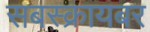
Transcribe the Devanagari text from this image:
सबस्क्रायबर